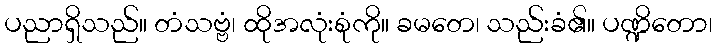
ပညာရှိသည်။ တံသဗ္ဗံ၊ ထိုအလုံးစုံကို။ ခမတေ၊ သည်းခံ၏။ ပဏ္ဍိတော၊